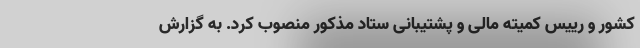
کشور و رییس کمیته مالی و پشتیبانی ستاد مذکور منصوب کرد. به گزارش